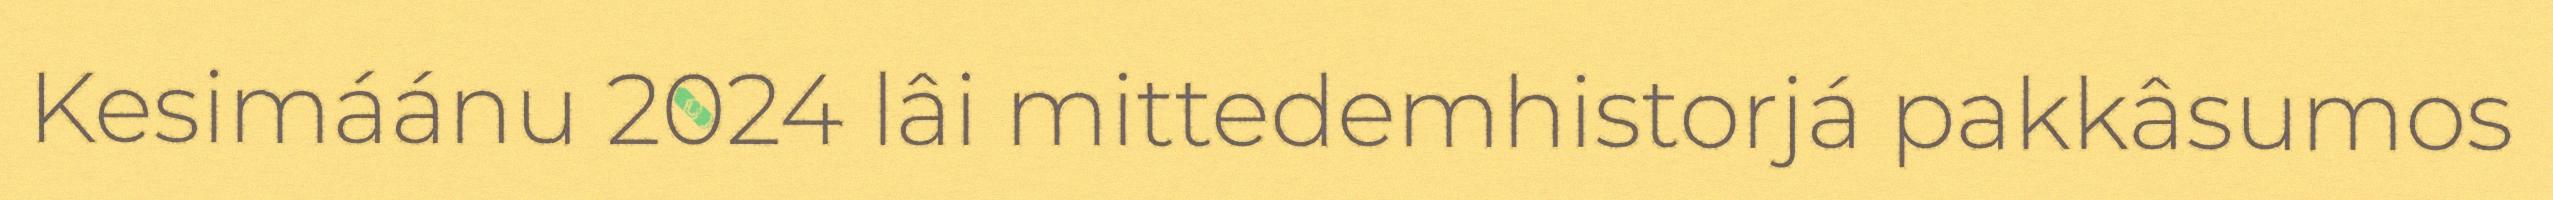
Kesimáánu 2024 lâi mittedemhistorjá pakkâsumos